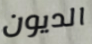
الديون